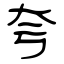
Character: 夸